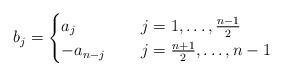
LaTeX: \begin{align*}b_j=\begin{cases}a_j\qquad\quad&j=1,\dots,\frac{n-1}{2}\\-a_{n-j}&j=\frac{n+1}{2},\dots,n-1\end{cases}\end{align*}